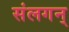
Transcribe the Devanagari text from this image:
संलगन्